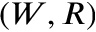
( W , R )